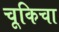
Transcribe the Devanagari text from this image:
चूकिचा